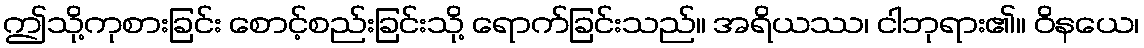
ဤသို့ကုစားခြင်း စောင့်စည်းခြင်းသို့ ရောက်ခြင်းသည်။ အရိယဿ၊ ငါဘုရား၏။ ဝိနယေ၊